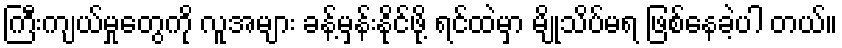
ကြီးကျယ်မှုတွေကို လူအများ ခန့်မှန်းနိုင်ဖို့ ရင်ထဲမှာ မျိုသိပ်မရ ဖြစ်နေခဲ့ပါ တယ်။